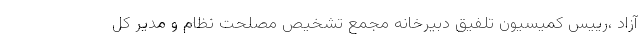
آزاد ،رییس کمیسیون تلفیق دبیرخانه مجمع تشخیص مصلحت نظام و مدیر کل